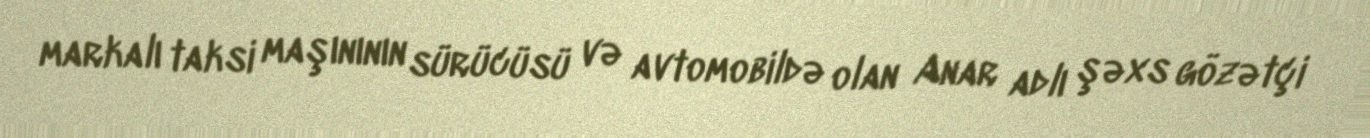
markalı taksi maşınının sürücüsü və avtomobildə olan Anar adlı şəxs gözətçi